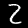
Label: 2